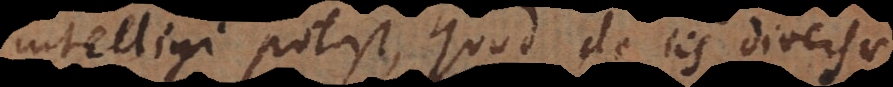
intelligi potest, quod de iis diversae